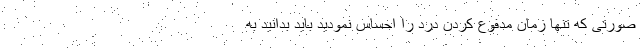
صورتی که تنها زمان مدفوع کردن درد را احساس نمودید باید بدانید به